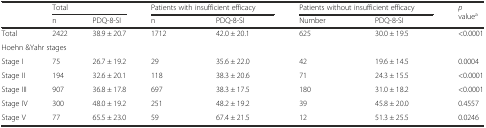
<table><thead><tr><td></td><td colspan="2"><b>Total</b></td><td colspan="2"><b>Patients with insufficient efficacy</b></td><td colspan="2"><b>Patients without insufficient efficacy</b></td><td rowspan="2"><b><i>p</i> value<sup>a</sup></b></td></tr><tr><td></td><td><b>n</b></td><td><b>PDQ-8-SI</b></td><td><b>n</b></td><td><b>PDQ-8-SI</b></td><td><b>Number</b></td><td><b>PDQ-8-SI</b></td></tr></thead><tbody><tr><td>Total</td><td>2422</td><td>38.9 ± 20.7</td><td>1712</td><td>42.0 ± 20.1</td><td>625</td><td>30.0 ± 19.5</td><td>&lt;0.0001</td></tr><tr><td colspan="8">Hoehn &amp;Yahr stages</td></tr><tr><td>Stage I</td><td>75</td><td>26.7 ± 19.2</td><td>29</td><td>35.6 ± 22.0</td><td>42</td><td>19.6 ± 14.5</td><td>0.0004</td></tr><tr><td>Stage II</td><td>194</td><td>32.6 ± 20.1</td><td>118</td><td>38.3 ± 20.6</td><td>71</td><td>24.3 ± 15.5</td><td>&lt;0.0001</td></tr><tr><td>Stage III</td><td>907</td><td>36.8 ± 17.8</td><td>697</td><td>38.3 ± 17.5</td><td>180</td><td>31.0 ± 18.2</td><td>&lt;0.0001</td></tr><tr><td>Stage IV</td><td>300</td><td>48.0 ± 19.2</td><td>251</td><td>48.2 ± 19.2</td><td>39</td><td>45.8 ± 20.0</td><td>0.4557</td></tr><tr><td>Stage V</td><td>77</td><td>65.5 ± 23.0</td><td>59</td><td>67.4 ± 21.5</td><td>12</td><td>51.3 ± 25.5</td><td>0.0246</td></tr></tbody></table>